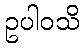
ဥပါဝသိ